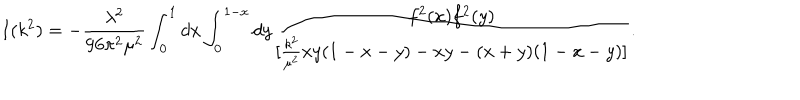
LaTeX: I ( k ^ { 2 } ) = - { \frac { \lambda ^ { 2 } } { 9 6 \pi ^ { 2 } \mu ^ { 2 } } } \int _ { 0 } ^ { 1 } d x \int _ { 0 } ^ { 1 - x } d y { \frac { f ^ { 2 } ( x ) f ^ { 2 } ( y ) } { [ { \frac { k ^ { 2 } } { \mu ^ { 2 } } } x y ( 1 - x - y ) - x y - ( x + y ) ( 1 - x - y ) ] } } .